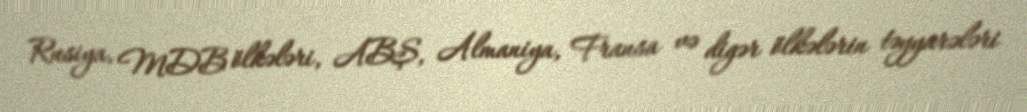
Rusiya, MDB ölkələri, ABŞ, Almaniya, Fransa və digər ölkələrin təyyarələri